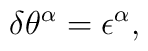
\delta \theta^{\alpha} = \epsilon^{\alpha},